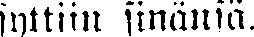
syttiin sinänsä.